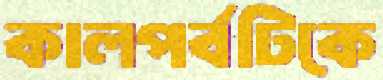
কালপর্বটিকে